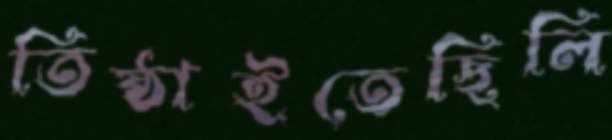
তিষ্ঠাইতেছিলি